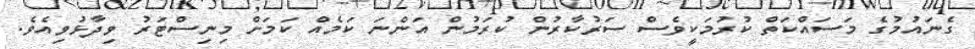
ގެނައުމުގެ މަސައްކަތް ކުރުމަކީވެސް ސަރުކާރުން ކުރަމުން އަންނަ ކަމެއް ކަމަށް މިނިސްޓަރު ވިދާޅުވިއެވެ.